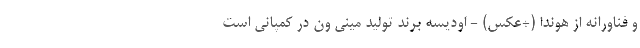
و فناورانه از هوندا (+عکس) - اودیسه برند تولید مینی ون در کمپانی است